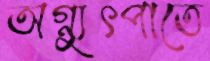
অগ্ন্যুৎপাতে